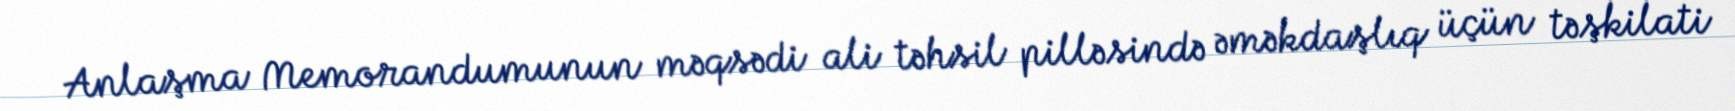
Anlaşma Memorandumunun məqsədi ali təhsil pilləsində əməkdaşlıq üçün təşkilati